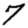
Digit: 7